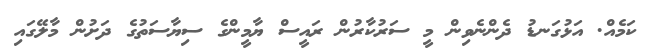
ކަމެއް. އަޅުގަނޑު ދެންނެވިން މީ ސަރުކާރުން ރައީސް ޔާމީންގެ ސިޔާސަތުގެ ދަށުން މާލޭގައި